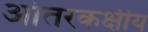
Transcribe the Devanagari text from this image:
आंतरकक्षीय